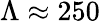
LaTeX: \Lambda\approx 250